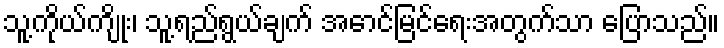
သူ့ကိုယ်ကျိုး၊ သူ့ရည်ရွယ်ချက် အောင်မြင်ရေးအတွက်သာ ပြောသည်။